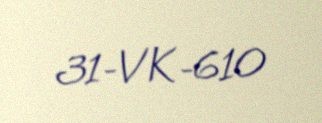
31-VK-610